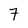
Character: 7